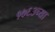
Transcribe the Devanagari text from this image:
१७६३च्या